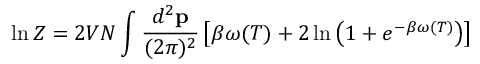
\ln Z = 2 V N \int { \frac { d ^ { 2 } { \bf p } } { ( 2 \pi ) ^ { 2 } } } \left[ \beta \omega ( T ) + 2 \ln \left( 1 + e ^ { - \beta \omega ( T ) } \right) \right]